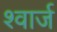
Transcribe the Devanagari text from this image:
श्वार्ज